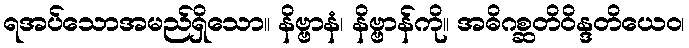
ရအပ်သောအမည်ရှိသော။ နိဗ္ဗာနံ၊ နိဗ္ဗာန်ကို။ အဓိဂစ္ဆတိဝိန္ဒတိယေဝ၊